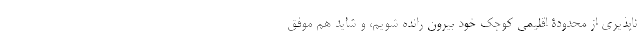
‌ناپذیری از محدودۀ اقلیمی کوچک خود بیرون رانده شویم، و شاید هم موفق